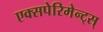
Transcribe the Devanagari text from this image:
एक्सपेरिमेन्ट्‌स्